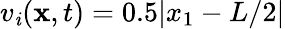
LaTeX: v_{\mathit{i}}(\mathbf{{x}},t)=0.5|x_{1}-L/2|